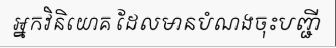
អ្នកវិនិយោគ ដែលមានបំណងចុះបញ្ជី